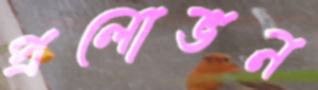
প্রলোভন